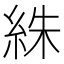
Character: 絑